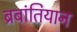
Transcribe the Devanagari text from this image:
ब्रबांतियान